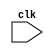
module edge_triggered_code (
    input wire clk,
    // other input signals here
);

//declare any internal registers or variables here

always @(posedge clk or negedge clk) begin
    //block of code to be executed on positive or negative edge of the clock signal
    // put your code here
end

endmodule